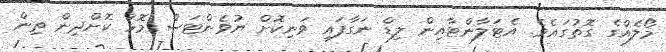
މޯލެއްގެ ގޮތުގައެވެ. އެޓަލާންޓާއިން ލިޑް ނަގާފައި ވަނިކޮށް ޔުވެންޓަސް މޮޅު ކޮށްދިން ތިން